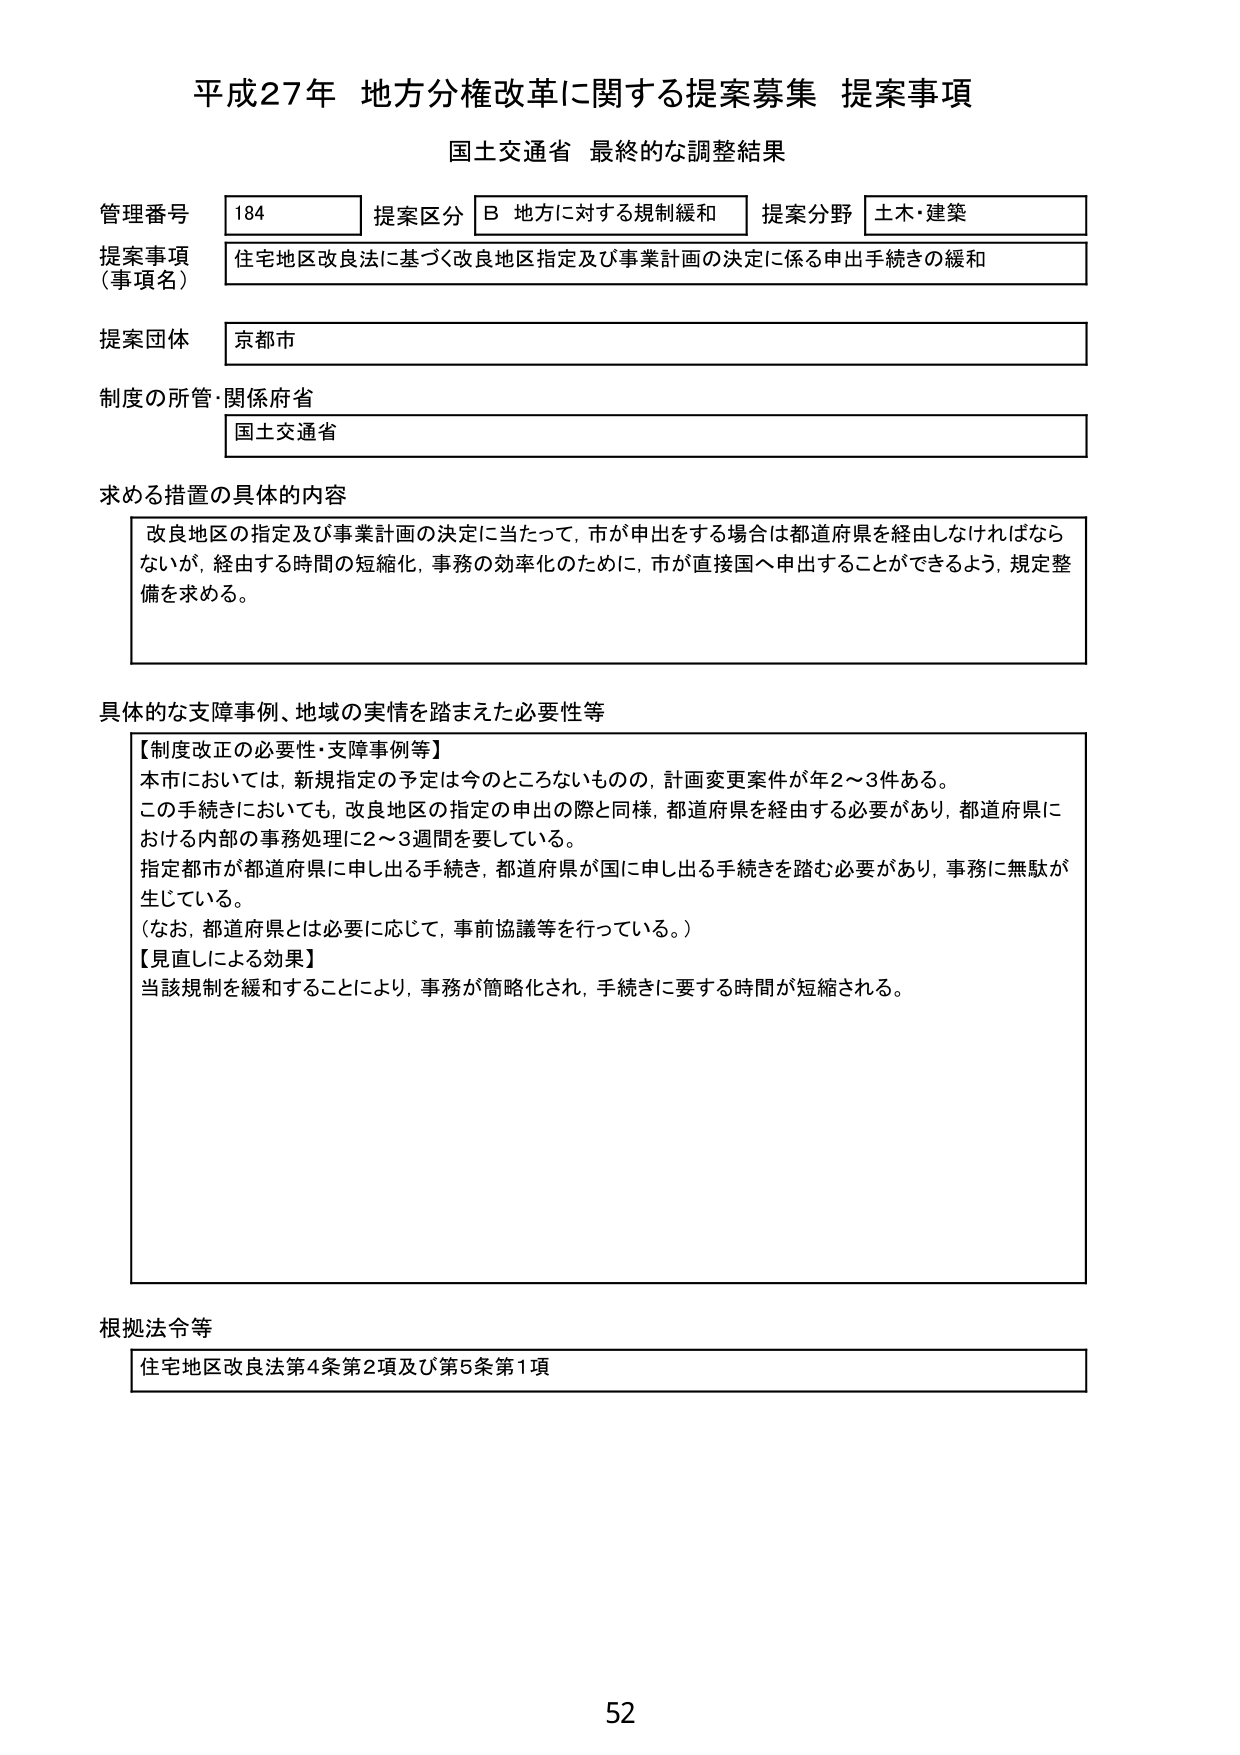
平成27年 地方分権改革に関する提案募集 提案事項
国土交通省 最終的な調整結果

管理番号 184 提案区分 B 地方に対する規制緩和 提案分野 土木・建築
提案事項（事項名） 住宅地区改良法に基づく改良地区指定及び事業計画の決定に係る申出手続きの緩和
提案団体 京都市
制度の所管・関係府省 国土交通省

求める措置の具体的内容
改良地区の指定及び事業計画の決定に当たって、市が申出をする場合は都道府県を経由しなければならないが、経由する時間の短縮化、事務の効率化のために、市が直接国へ申出ることができるように、規定整備を求める。

具体的な支障事例、地域の実情を踏まえた必要性等
【制度改正の必要性・支障事例等】
本市においては、新規指定の予定は今のところないものの、計画変更案件が年2～3件ある。
この手続きにおいても、改良地区の指定の申出の際と同様、都道府県を経由する必要があり、都道府県における内部の事務処理に2～3週間を要している。
指定都市が都道府県に申し出る手続き、都道府県が国に申し出る手続きを踏む必要があり、事務に無駄が生じている。
（なお、都道府県とは必要に応じて、事前協議等を行っている。）
【見直しによる効果】
当該規制を緩和することにより、事務が簡略化され、手続きに要する時間が短縮される。

根拠法令等
住宅地区改良法第4条第2項及び第5条第1項

52